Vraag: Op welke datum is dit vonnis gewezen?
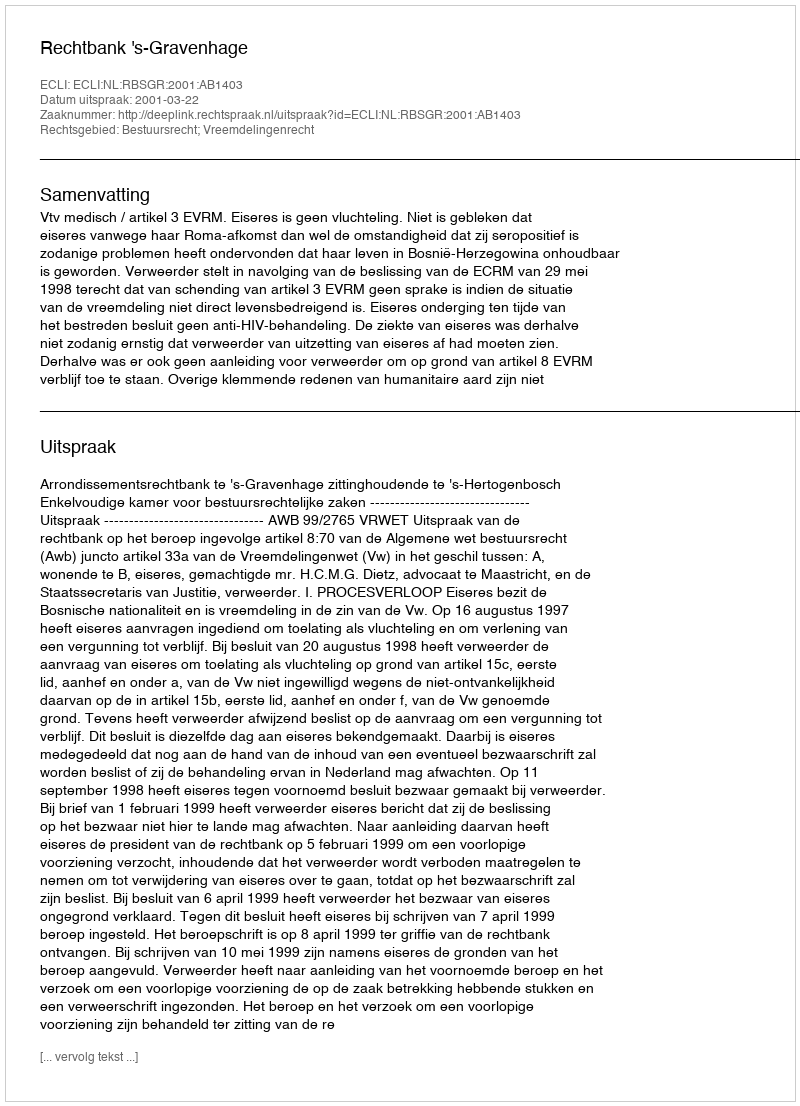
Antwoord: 2001-03-22